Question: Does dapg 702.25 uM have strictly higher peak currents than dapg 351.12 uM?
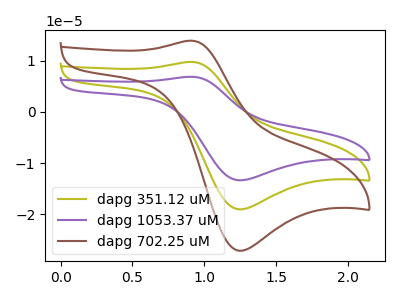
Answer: <think>The olive curve "dapg 351.12 uM" has an anodic peak at (0.90V, 9.75uA) and a cathodic peak at (1.25V, -19.05uA). The purple curve "dapg 1053.37 uM" has an anodic peak at (0.90V, 19.50uA) and a cathodic peak at (1.25V, -38.05uA). The brown curve "dapg 702.25 uM" has an anodic peak at (0.90V, 13.90uA) and a cathodic peak at (1.25V, -27.10uA).</think>
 <answer>Every peak in "dapg 702.25 uM" is higher than every peak in "dapg 351.12 uM".</answer>
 <eval>higher</eval>